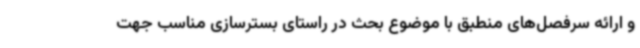
و ارائه سرفصل‌های منطبق با موضوع بحث در راستای بسترسازی مناسب جهت